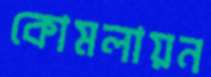
কোমলায়ন